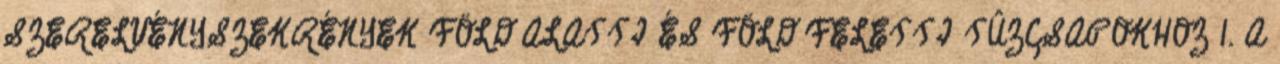
SZERELVÉNYSZEKRÉNYEK FÖLD ALATTI ÉS FÖLD FELETTI TÛZCSAPOKHOZ 1. A